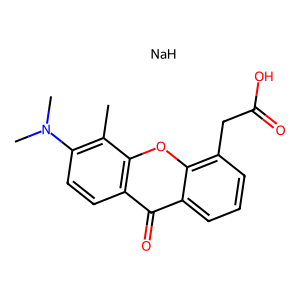
SMILES: Cc1c(N(C)C)ccc2c(=O)c3cccc(CC(=O)O)c3oc12.[NaH]
Inhibits HIV replication: No